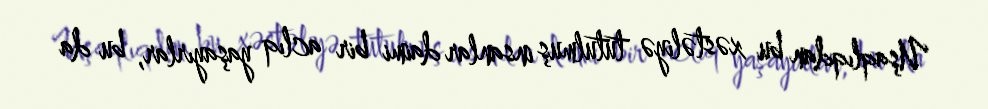
Uşaqlıqdan bu xəstəliyə tutulmuş insanlar daimi bir aclıq yaşayırlar, bu da